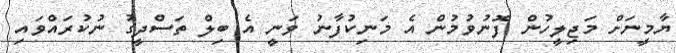
ޔާމީނަށް މަޖިލީހުން ފޮނުވުމުން އެ މަނިކުފާނު ވަނީ އެ ބިލް ތަސްދީގު ނުކުރައްވައި